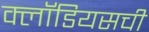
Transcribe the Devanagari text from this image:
क्लॉडियसची